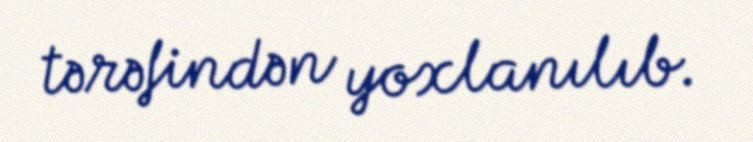
tərəfindən yoxlanılıb.